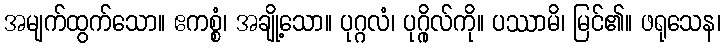
အမျက်ထွက်သော။ ဧကစ္စံ၊ အချို့သော။ ပုဂ္ဂလံ၊ ပုဂ္ဂိုလ်ကို။ ပဿာမိ၊ မြင်၏။ ဖရုသေန၊